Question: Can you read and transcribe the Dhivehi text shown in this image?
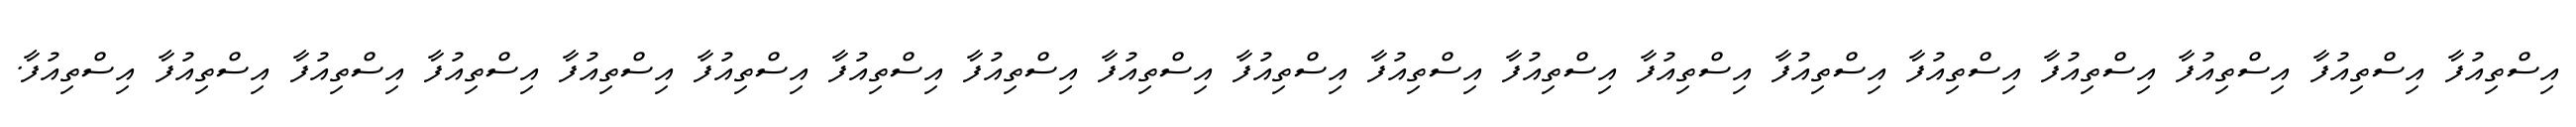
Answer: އިސްތިއުފާ އިސްތިއުފާ އިސްތިއުފާ އިސްތިއުފާ އިސްތިއުފާ އިސްތިއުފާ އިސްތިއުފާ އިސްތިއުފާ އިސްތިއުފާ އިސްތިއުފާ އިސްތިއުފާ އިސްތިއުފާ އިސްތިއުފާ އިސްތިއުފާ އިސްތިއުފާ އިސްތިއުފާ އިސްތިއުފާ އިސްތިއުފާ އިސްތިއުފާ.